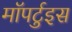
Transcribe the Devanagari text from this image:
मॉपर्टुइस